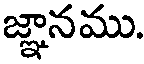
జ్ఞానము.